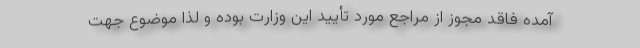
آمده فاقد مجوز از مراجع مورد تأیید این وزارت بوده و لذا موضوع جهت